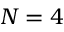
N = 4